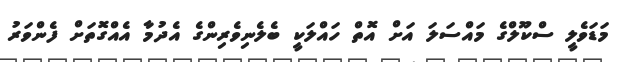
މަޑަވެލީ ސްކޫލްގެ މައްސަލަ އަށް އޮތް ހައްލަކީ ބެލެނިވެރިންގެ އެދުމާ އެއްގޮތަށް ފެންވަރު